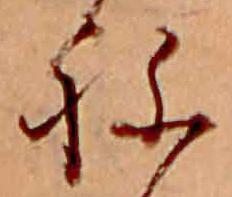
ね